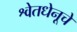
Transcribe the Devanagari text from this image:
श्वेतधेनूचे